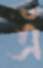
এঁ